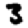
Digit: 3